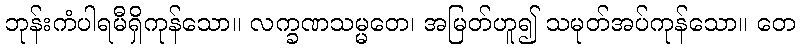
ဘုန်းကံပါရမီရှိကုန်သော။ လက္ခဏသမ္မတေ၊ အမြတ်ဟူ၍ သမုတ်အပ်ကုန်သော။ တေ